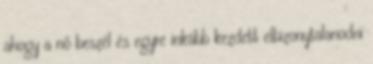
ahogy a nő beszél és egyre inkább kezdett elbizonytalanodni